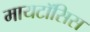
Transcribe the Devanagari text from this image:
मायटॉसिस